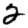
Digit: 2